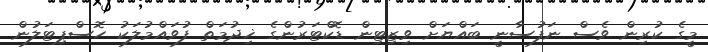
މީގެ ކުރިން ވެސް ނަފުސާނީ ބައްޔަށް ވިޒިޓިން ޑޮކްޓަރުންގެ ޚިދުމަތް ފުވައްމުލަކު ހޮސްޕިޓަލުން